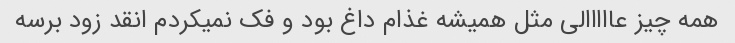
همه چیز عااااالی مثل همیشه غذام داغ بود و فک نمیکردم انقد زود برسه